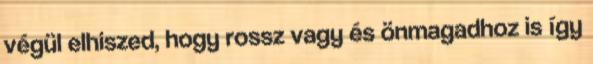
végül elhiszed, hogy rossz vagy és önmagadhoz is így